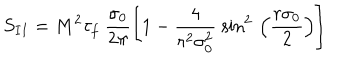
LaTeX: S _ { I I } = M ^ { 2 } \tau _ { f } ~ \frac { \sigma _ { 0 } } { 2 \pi } \left[ 1 - \frac { 4 } { r ^ { 2 } \sigma _ { 0 } ^ { 2 } } ~ { \sin } ^ { 2 } \, \left( \frac { r \sigma _ { 0 } } { 2 } \right) \right]